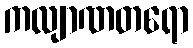
ကလျာဏတရော